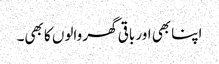
اپنا بھی اور باقی گھر والوں کا بھی۔